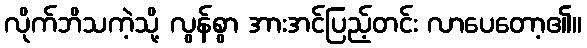
လိုက်ဘိသကဲ့သို့ လွန်စွာ အားအင်ပြည့်တင်း လာပေတော့၏။